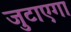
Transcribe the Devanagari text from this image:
जुटाएगा